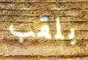
بلقب